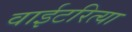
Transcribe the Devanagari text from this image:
वाईटरित्या